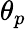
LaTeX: \theta_{p}